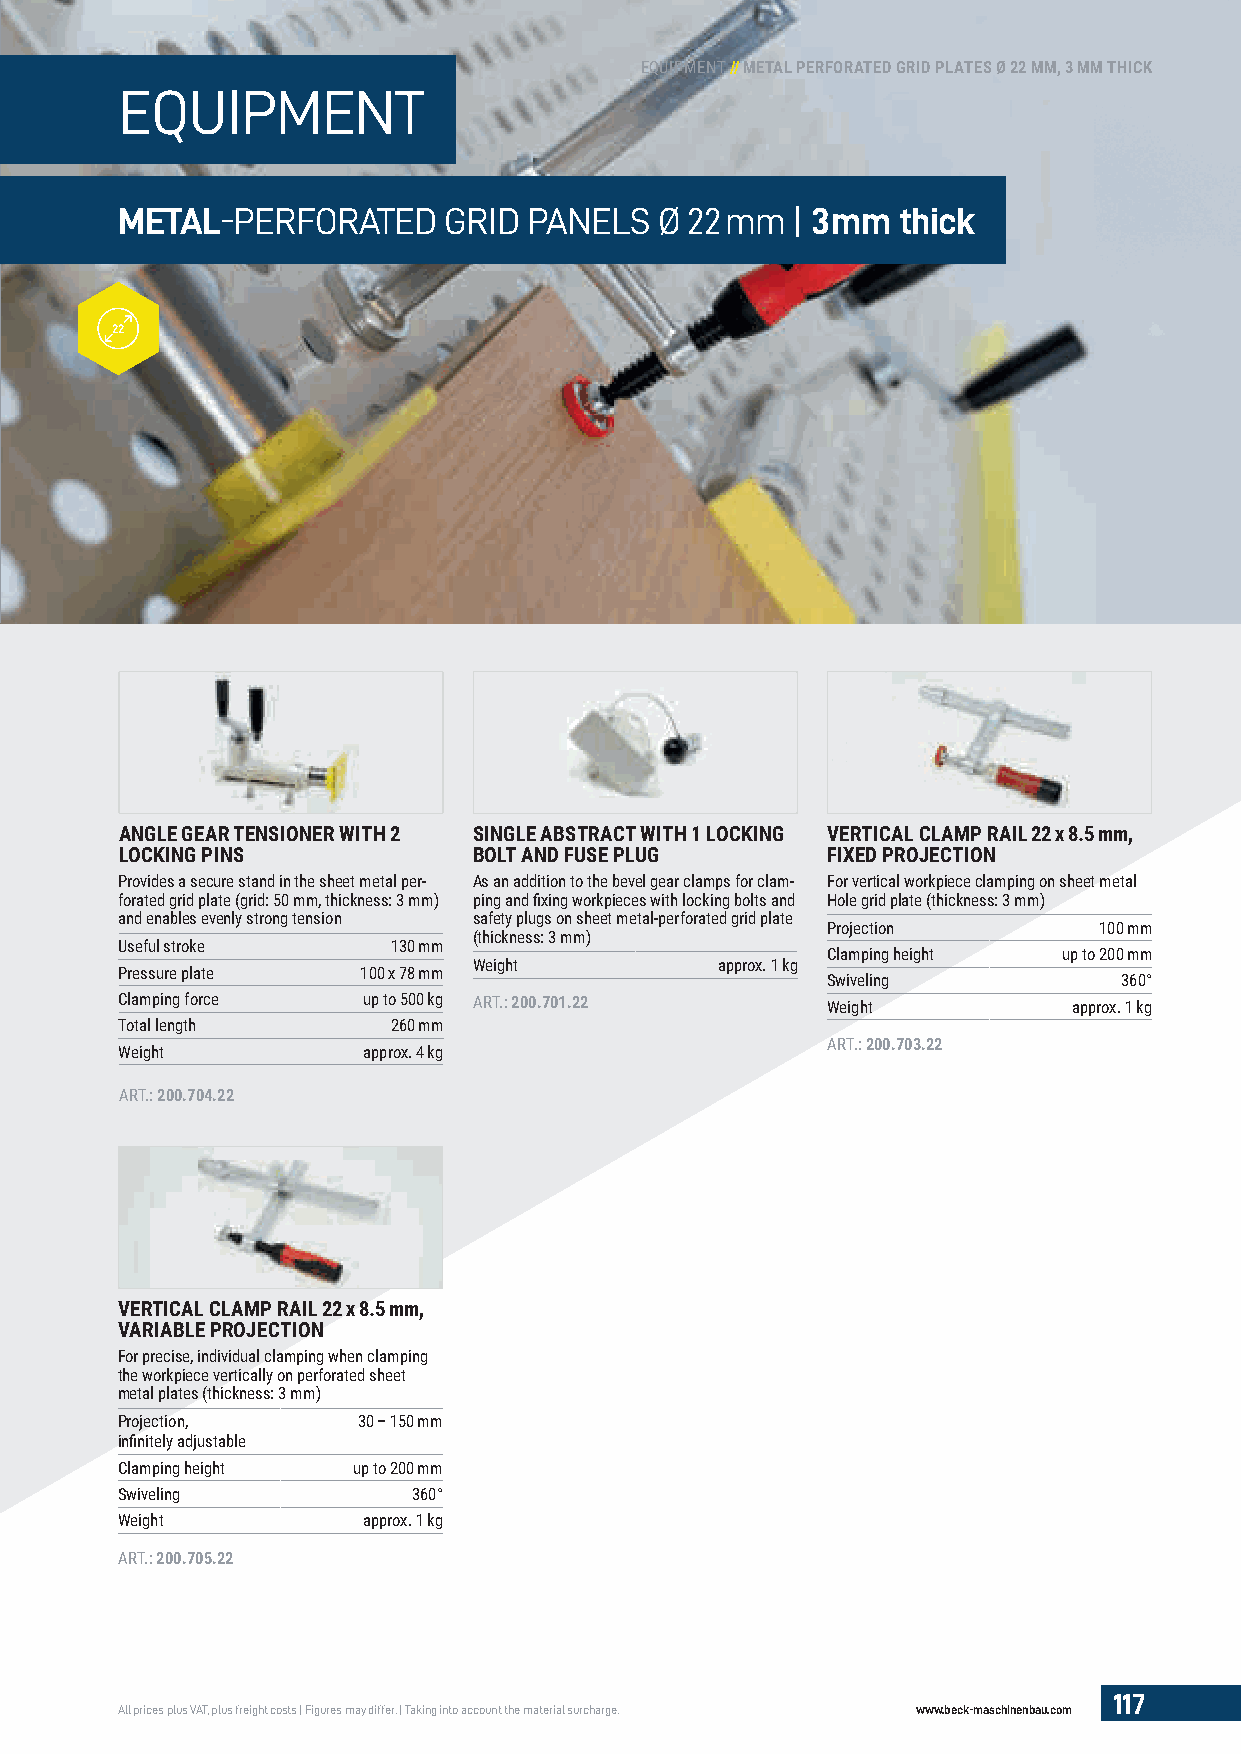
EQUIPMENT // METAL PERFORATED GRID PLATES Ø 22 MM, 3 MM THICK
 EQUIPMENT
 METAL-PERFORATED     GRID  PANELS   Ø 22 mm | 3 mm thick
 22
 ANGLE GEAR TENSIONER WITH 2 SINGLE ABSTRACT WITH 1 LOCKING VERTICAL CLAMP RAIL 22 x 8.5 mm,
 LOCKING PINS           BOLT AND FUSE PLUG      FIXED PROJECTION
 Provides a secure stand in the sheet metal per- As an addition to the bevel gear clamps for clam- For vertical workpiece clamping on sheet metal
 forated grid plate (grid: 50 mm, thickness: 3 mm) ping and fi xing workpieces with locking bolts and Hole grid plate (thickness: 3 mm)
 and enables evenly strong tension safety plugs on sheet metal-perforated grid plate
 Projection        100 mm
 (thickness: 3 mm)
 Useful stroke     130 mm
 Clamping height up to 200 mm
 Weight          approx. 1 kg
 Pressure plate  100 x 78 mm
 Swiveling          360°
 Clamping force  up to 500 kg ART.: 200.701.22  Weight          approx. 1 kg
 Total length      260 mm
 ART.: 200.703.22
 Weight          approx. 4 kg
 ART.: 200.704.22
 VERTICAL CLAMP RAIL 22 x 8.5 mm,
 VARIABLE PROJECTION
 For precise, individual clamping when clamping
 the workpiece vertically on perforated sheet
 metal plates (thickness: 3 mm)
 Projection,     30 – 150 mm
 infi nitely adjustable
 Clamping height up to 200 mm
 Swiveling          360°
 Weight          approx. 1 kg
 ART.: 200.705.22
 117
 All prices plus VAT, plus freight costs | Figures may differ. | Taking into account the material surcharge. www.beck-maschinenbau.com